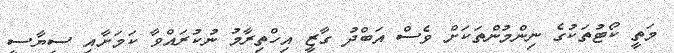
މަތީ ކޯޓުތަކުގެ ނިންމުންތަކަށް ވެސް އަބްދު ގާޒީ އިހްތިރާމު ނުކުރައްވާ ކަމަށާއި ސިޔާސީ